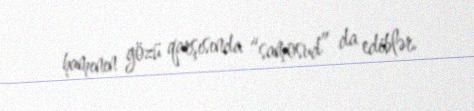
hamının gözü qarşısında “samosud” da ediblər.